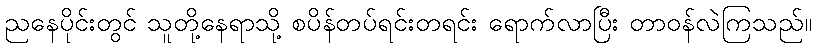
ညနေပိုင်းတွင် သူတို့နေရာသို့ စပိန်တပ်ရင်းတရင်း ရောက်လာပြီး တာဝန်လဲကြသည်။